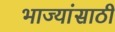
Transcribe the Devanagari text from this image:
भाज्यांसाठी